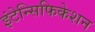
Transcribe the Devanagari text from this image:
इंटेन्सिफिकेशन